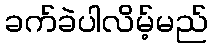
ခက်ခဲပါလိမ့်မည်